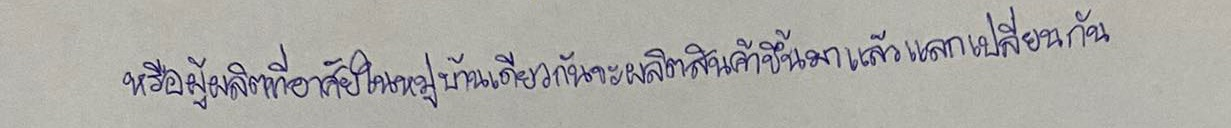
หรือผู้ผลิตที่อาศัยในหมู่บ้านเดียวกันจะผลิตสินค้าขึ้นมาแล้วแลกเปลี่ยนกัน